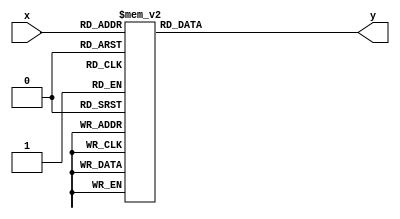
`timescale 1ns / 1ps
//////////////////////////////////////////////////////////////////////////////////
// Company: 
// Engineer: 
// 
// Design Name: 
// Module Name: add_3
// Project Name: 
// Target Devices: 
// Tool Versions: 
// Description: 
// 
// Dependencies: 
// 
// Revision:
// Revision 0.01 - File Created
// Additional Comments:
// 
//////////////////////////////////////////////////////////////////////////////////


module add_3(
    input [3:0] x,
    output reg [3:0] y
    );
    /*
    always@(x) begin
        if(y<5)
            y = x;
        else if(y<10)
            y = x + 3;
        else
            y = 'bxxxx;
    end
    */
    
    always@(x) begin
        case(x)
        0:y = 4'b0000;
        1:y = 4'b0001;
        2:y = 4'b0010;
        3:y = 4'b0011;
        4:y = 4'b0100;
        5:y = 4'b1000;
        6:y = 4'b1001;
        7:y = 4'b1010;
        8:y = 4'b1011;
        9:y = 4'b1100;
        default: y = 'bx;
        endcase
    end
        
    
endmodule